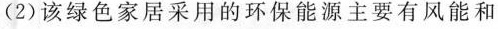
(2)该绿色家居采用的环保能源主要有风能和